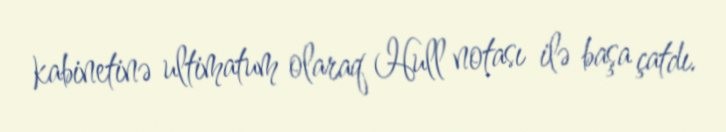
kabinetinə ultimatum olaraq Hull notası ilə başa çatdı.